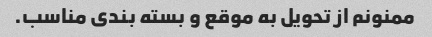
ممنونم از تحویل به موقع و بسته بندی مناسب.